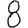
Digit: 8